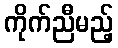
ကိုက်ညီမည့်